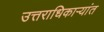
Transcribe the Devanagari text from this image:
उत्तराधिकाऱ्यांत